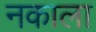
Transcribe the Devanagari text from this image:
नकाला